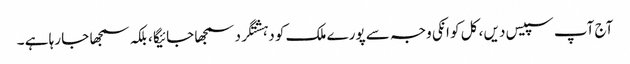
آج آپ سپیس دیں ، کل کو انکی وجہ سے پورے ملک کو دہشتگرد سمجھا جائیگا ، بلکہ سمجھا جا رہا ہے ۔